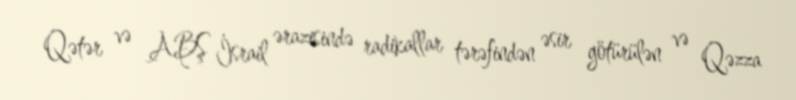
Qətər və ABŞ İsrail ərazisində radikallar tərəfindən əsir götürülən və Qəzza